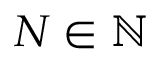
N \in \mathbb { N }